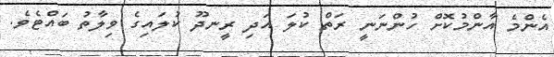
އެންމެ އާންމުކޮށް ހުންނަނީ ރަތް ކުލަ އަދި ރީނދޫ ކުލައިގެ ވިލާތު ބައްޓެވެ.